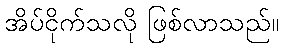
အိပ်ငိုက်သလို ဖြစ်လာသည်။